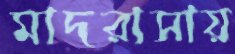
মাদরাসায়